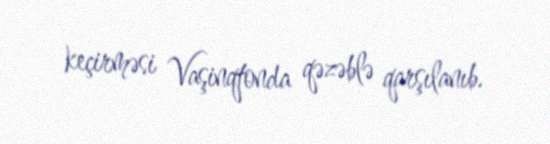
keçirməsi Vaşinqtonda qəzəblə qarşılanıb.